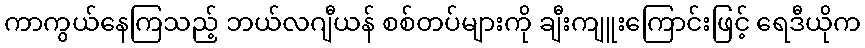
ကာကွယ်နေကြသည့် ဘယ်လဂျီယန် စစ်တပ်များကို ချီးကျူးကြောင်းဖြင့် ရေဒီယိုက